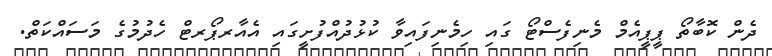
ދެން ކޮބާތޯ ޕީޕީއެމް މެނިފެސްޓޯ ގައި ހިމެނިފައިވާ ކުޅުދުއްފުށީގައި އެއާރޕޯރޓް ހެދުމުގެ މަސައްކަތް.